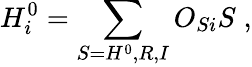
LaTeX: H_{i}^{0}=\sum_{S=H^{0},R,I}O_{Si}S\; ,